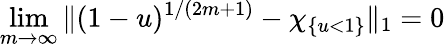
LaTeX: \operatorname*{lim}_{m\to\infty}\| (1-u)^{1/(2m+1)}-\chi_{\{ u<1\} }\| _{1}=0